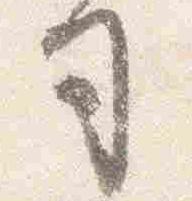
司